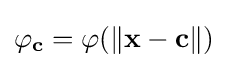
{\textstyle \varphi _{\mathbf {c} }=\varphi (\|\mathbf {x} -\mathbf {c} \|)}